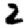
Digit: 2